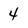
Character: 4